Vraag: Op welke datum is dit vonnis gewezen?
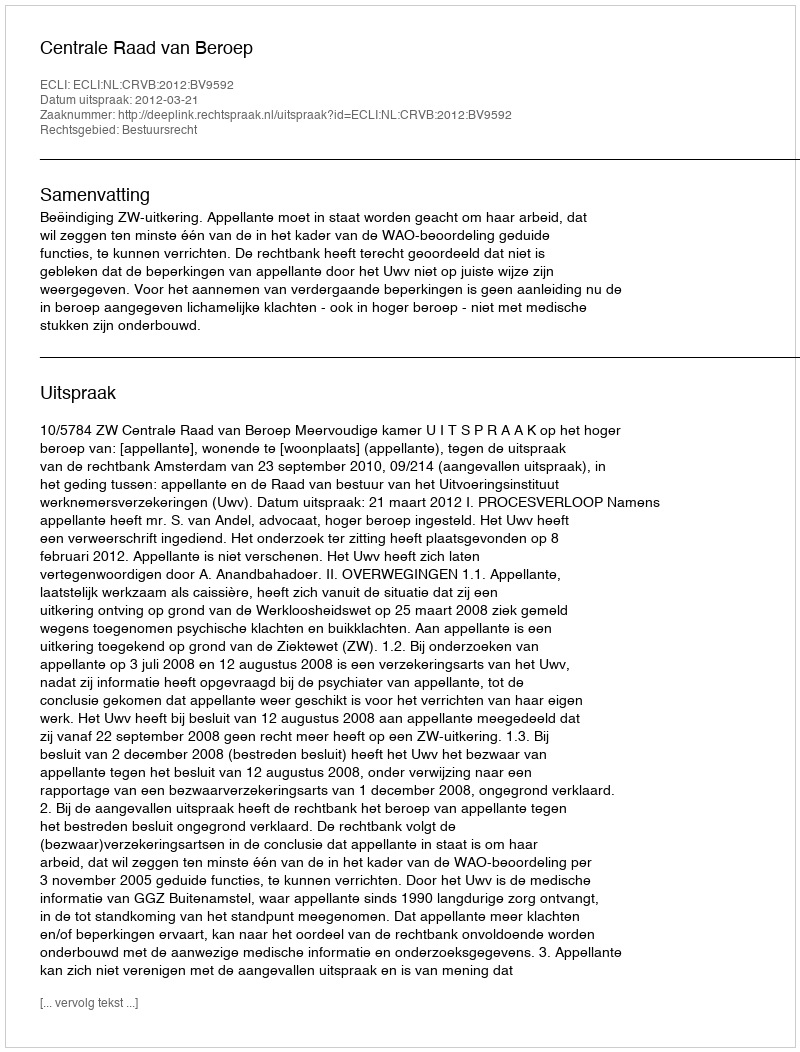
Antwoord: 2012-03-21